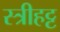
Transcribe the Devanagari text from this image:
स्त्रीहट्ट